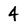
Character: 4